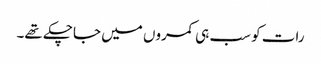
رات کو سب ہی کمروں میں جاچکے تھے۔